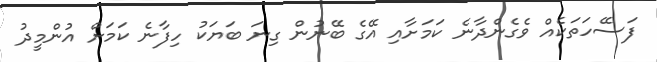
ފަސޭހަތަކެއް ވެގެންދާނެ ކަމަށާއި އޭގެ ބޭނުން ގިނަ ބަޔަކު ހިފާނެ ކަމަށް އުންމީދު